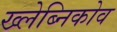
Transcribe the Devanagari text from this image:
ख्लेब्निकोव